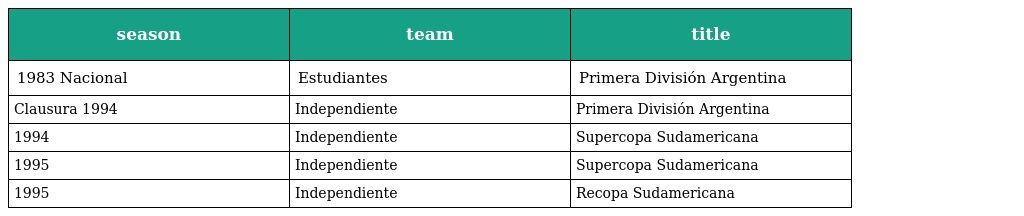
| season | team | title |
 | --- | --- | --- |
 | 1983 Nacional | Estudiantes | Primera División Argentina |
 | Clausura 1994 | Independiente | Primera División Argentina |
 | 1994 | Independiente | Supercopa Sudamericana |
 | 1995 | Independiente | Supercopa Sudamericana |
 | 1995 | Independiente | Recopa Sudamericana |